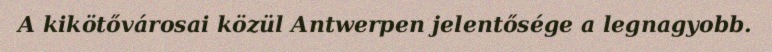
A kikötővárosai közül Antwerpen jelentősége a legnagyobb.